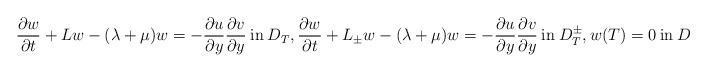
LaTeX: \begin{align*}\frac{\partial w}{\partial t} + Lw - (\lambda + \mu) w = -\frac{\partial u}{\partial y} \frac{\partial v}{\partial y} \: \mbox{in} \: D_T, \frac{\partial w}{\partial t} + L_\pm w - (\lambda + \mu) w = - \frac{\partial u}{\partial y} \frac{\partial v}{\partial y} \: \mbox{in} \: D_T^\pm, w(T) = 0 \: \mbox{in} \: D\end{align*}